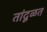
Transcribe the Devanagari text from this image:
तांदूळत